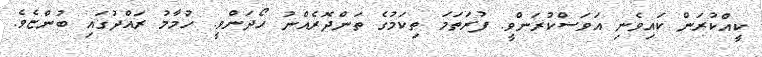
ކީއްކުރަން ކައިވެނި އަވަސްކުރަންވީ. ފުރަތަމަ ތިކަމުގެ ތަންދޮރެއްނު ހޯދަންވީ. ހުމާމު ރައްދުގައި ބުންޏެވެ.